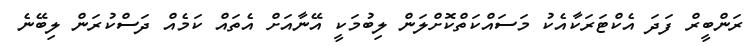
ރަންބީރް ފަދަ އެކްޓަރަކާއެކު މަސައްކަތްކޮށްލަން ލިބުމަކީ އޭނާއަށް އެތައް ކަމެއް ދަސްކުރަން ލިބޭނެ